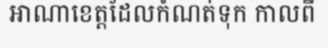
អាណាខេត្តដែលកំណត់ទុក កាលពី